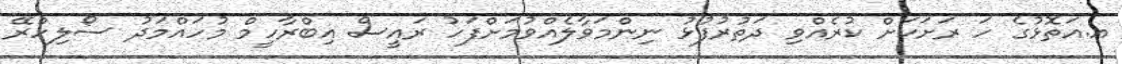
އ.އަތޮޅުގެ ހަ ރަށަކަށް ކުރެއްވި ދަތުރުފުޅު ނިންމަވާލެއްވުމަށްފަހު ރައީސް އިބްރާހީމް މުހައްމަދު ސޯލިހްރޭ